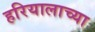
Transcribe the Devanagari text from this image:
हरियालाच्या